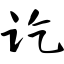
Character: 讫